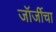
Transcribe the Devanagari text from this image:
जॉर्जीचा